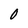
Character: O